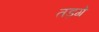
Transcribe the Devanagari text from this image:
तड़गे